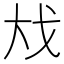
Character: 𪥅